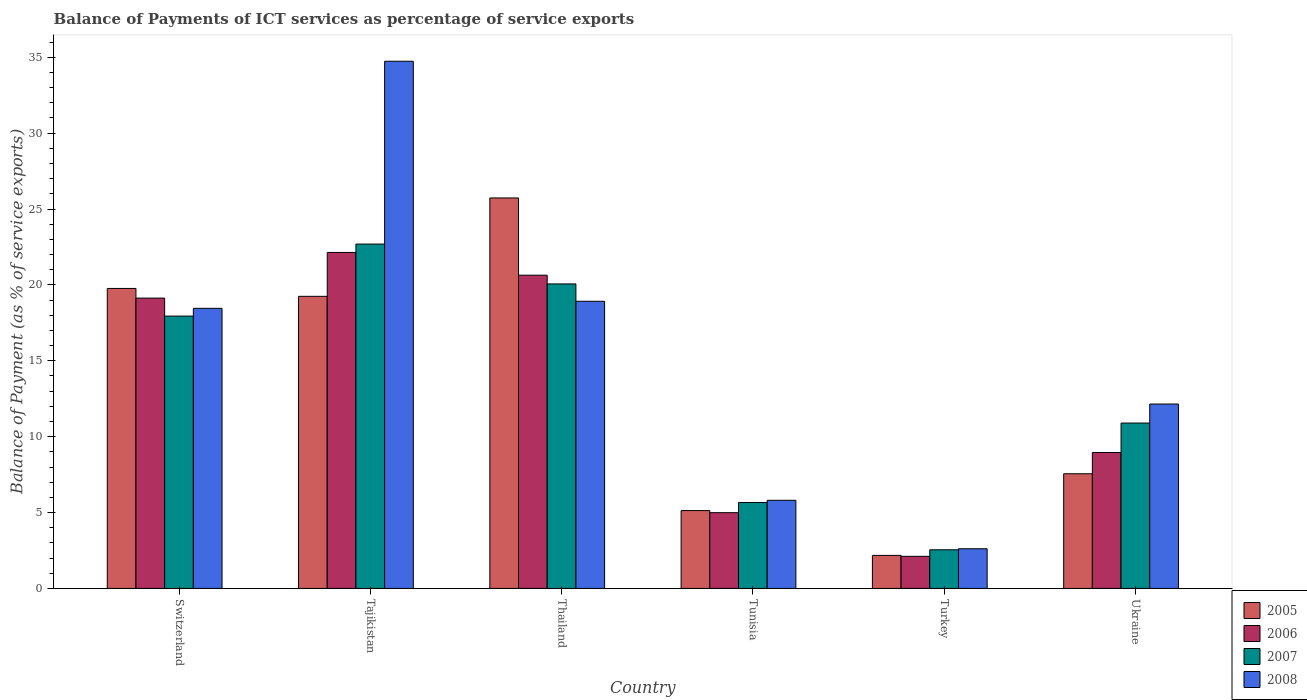
| Country | 2005 | 2006 | 2007 | 2008 |
 | --- | --- | --- | --- | --- |
 | Switzerland | 19.8 | 19.1 | 17.9 | 18.5 |
 | Tajikistan | 19.2 | 22.1 | 22.7 | 34.7 |
 | Thailand | 25.7 | 20.6 | 20.1 | 18.9 |
 | Tunisia | 5.13 | 4.99 | 5.66 | 5.81 |
 | Turkey | 2.18 | 2.12 | 2.55 | 2.61 |
 | Ukraine | 7.56 | 8.96 | 10.9 | 12.2 |